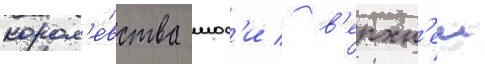
корол'е́вства мос'и / в'ерхн'еи